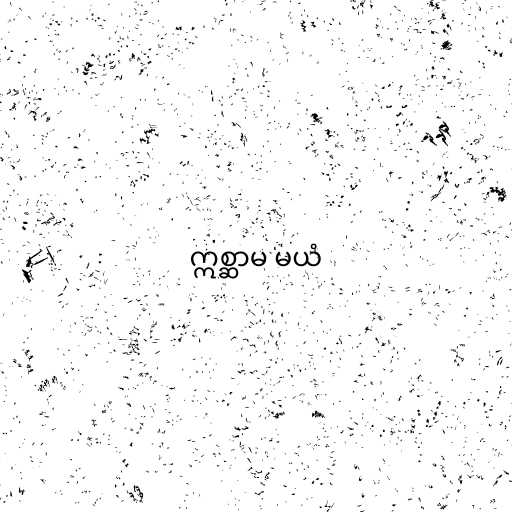
ဣစ္ဆာမ မယံ